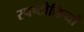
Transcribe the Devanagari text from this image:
स्पष्टोक्तियों